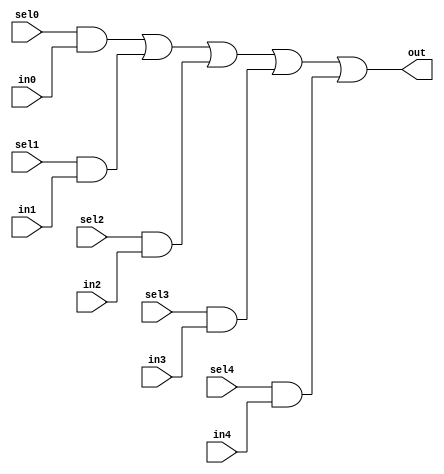
////////////////////////////////////////////////////////////////////////////////
//
// Filename    : mux5
// Description : 5:1 parallel mux.
//
// History     : Initial 	
//
////////////////////////////////////////////////////////////////////////////////

module mux5
    (
    sel0,
    in0,
    //-------------------
    sel1,
    in1,
    //-------------------
    sel2,
    in2,
    //-------------------
    sel3,
    in3,
    //-------------------
    sel4,
    in4,
    //-------------------
    out
    );

//------------------------------------------------------------------------------
//Parameters
parameter DW = 1'b1;
//------------------------------------------------------------------------------
// Port declarations
input               sel0;
input [DW-1:0]	    in0;
//
input               sel1;
input [DW-1:0]	    in1;
//
input               sel2;
input [DW-1:0]	    in2;
//
input               sel3;
input [DW-1:0]	    in3;
//
input               sel4;
input [DW-1:0]	    in4;
//
output [DW-1:0]	    out;
//------------------------------------------------------------------------------
//internal signal

//------------------------------------------------------------------------------
//Logic
assign out = ({DW{sel0}} & in0) |
             ({DW{sel1}} & in1) |
             ({DW{sel2}} & in2) |
             ({DW{sel3}} & in3) |
             ({DW{sel4}} & in4);

endmodule